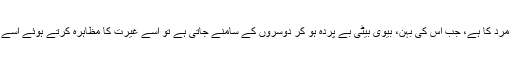
واقع ہی قصور مرد کا ہے، جب اس کی بہن، بیوی بیٹی بے پردہ ہو کر دوسروں کے سامنے جاتی ہے تو اسے غیرت کا مظاہرہ کرتے ہوئے اسے روکنا چاہیئے۔